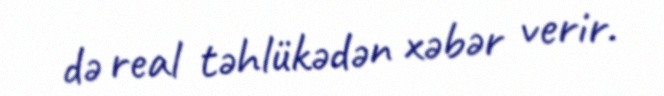
də real təhlükədən xəbər verir.